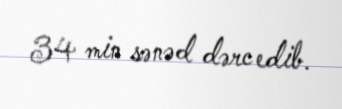
34 min sənəd dərc edib.